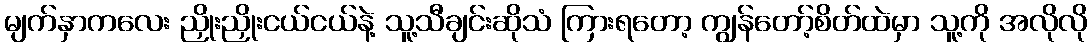
မျက်နှာကလေး ညှိုးညှိုးငယ်ငယ်နဲ့ သူ့သီချင်းဆိုသံ ကြားရတော့ ကျွန်တော့်စိတ်ထဲမှာ သူ့ကို အလိုလို